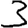
Digit: 3